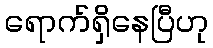
ရောက်ရှိနေပြီဟု